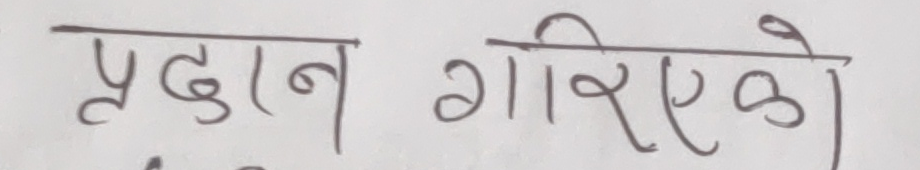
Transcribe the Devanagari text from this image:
प्रदान गरिएको